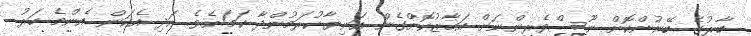
ބާރުގެ ބޭނުންކޮށް ނޫސްވެރިންނަށް އަމާޒުކޮށްގެން އަނިޔާކުރަމުންދާ ކަމަށެވެ. އަދި އެކަން އެންމެ ހަރު